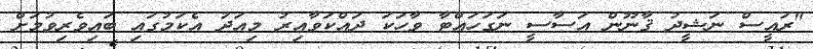
"ރައީސް ނަޝީދު ޤާނޫން އަސާސީ ނަގަހައްޓާ ވާހަކަ ދައްކަވާއިރު މިއަދު އެކަމުގައި ބައިވެރިވުމަށް